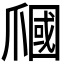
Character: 𤔩